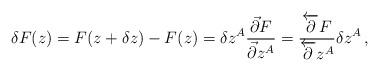
\begin{align*}\delta F(z)=F(z+\delta z)-F(z)=\delta z^{A}\frac{\vec{\partial} F}{\vec{\partial} z^{A}}=\frac{\overleftarrow{\partial} F}{\overleftarrow{\partial} z^{A}}\delta z^{A}\,,\end{align*}